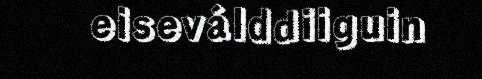
eiseválddiiguin